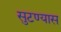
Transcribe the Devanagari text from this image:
सुटण्यास